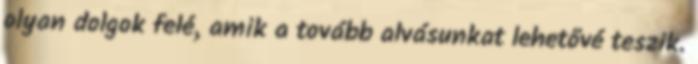
olyan dolgok felé, amik a tovább alvásunkat lehetővé teszik.